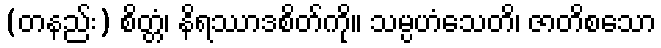
(တနည်း) စိတ္တံ၊ နိရဿာဒစိတ်ကို။ သမ္ပဟံသေတိ၊ ဇာတိစသော